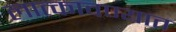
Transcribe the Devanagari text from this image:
लात्कावण्यात